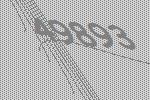
49893